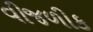
વીજળીક